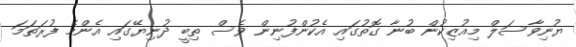
ޔުނިވާސަލް މިއުޒިކުން ބުނާ ގޮތުގައި އެކުންފުނިން ވެސް ތިބީ ދުނިޔޭގައި އެންމެ ފުރަތަމަ